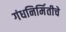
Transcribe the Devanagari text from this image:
गंधनिर्मितीचे